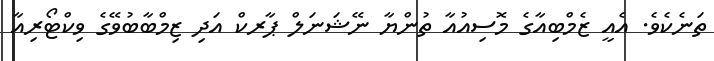
ތަނެކެވެ. އެއީ ޒެމްބިއާގެ މޮސިއުއާ ތުންޔާ ނޭޝަނަލް ޕާރކް އަދި ޒިމްބާބުވޭގެ ވިކްޓޯރިއާ